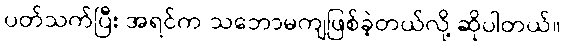
ပတ်သက်ပြီး အရင်က သဘောမကျဖြစ်ခဲ့တယ်လို့ ဆိုပါတယ်။